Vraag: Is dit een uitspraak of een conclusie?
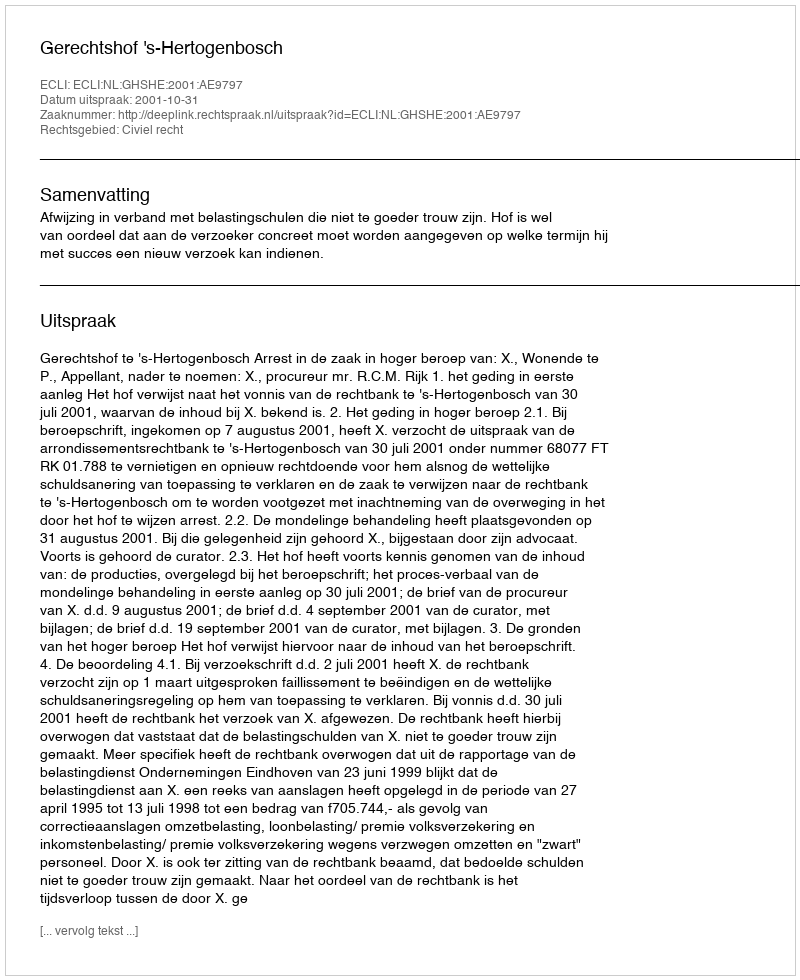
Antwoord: Uitspraak